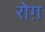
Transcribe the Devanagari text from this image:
रोग़